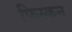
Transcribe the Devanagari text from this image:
फिस्कन